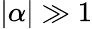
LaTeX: |\alpha|\gg 1